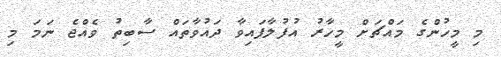
މި މީހުންގެ މައްޗަށް މީހާރު އުފުލާފައިވާ ދައުވާތައް ސާބިތުު ވެއްޖެ ނަމަ މި